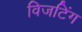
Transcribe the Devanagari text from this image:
विजटिंग